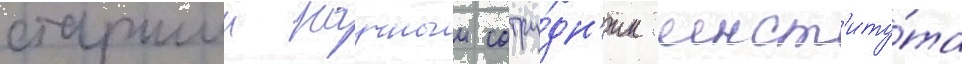
старшии научныи сотру́дн'ик инст'иту́та